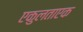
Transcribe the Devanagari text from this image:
एकुलताएक